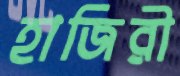
হাজিরী